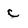
Character: c